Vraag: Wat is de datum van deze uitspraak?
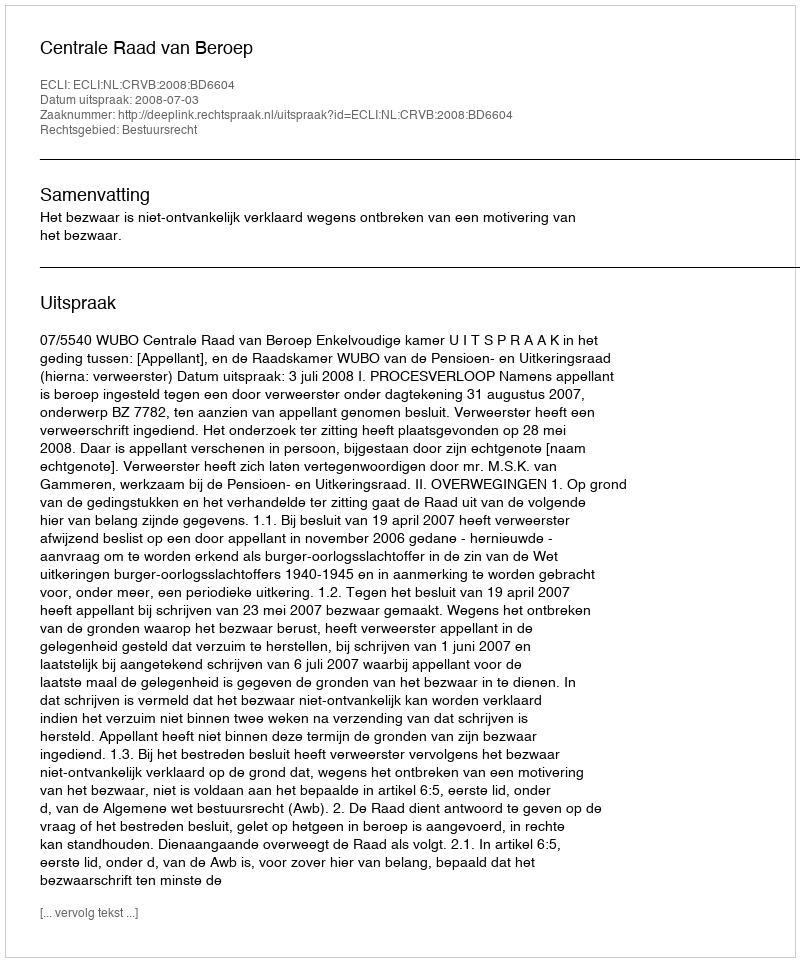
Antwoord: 2008-07-03